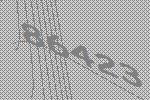
86423